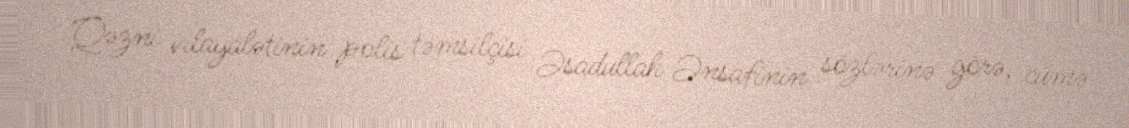
Qəzni vilayalətinin polis təmsilçisi Əsadullah Ənsafinin sözlərinə görə, cümə